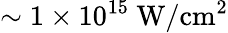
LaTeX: \sim 1\times 10^{15}\ \mathrm{W/cm^{2}}